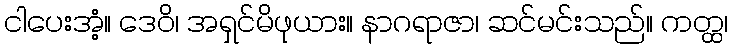
ငါပေးအံ့။ ဒေဝိ၊ အရှင်မိဖုယား။ နာဂရာဇာ၊ ဆင်မင်းသည်။ ကတ္ထ၊